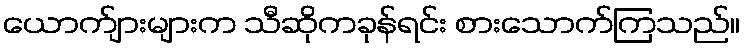
ယောက်ျားများက သီဆိုကခုန်ရင်း စားသောက်ကြသည်။